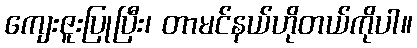
ကျေးဇူးပြုပြီး၊ တာမင်နယ်ဟိုတယ်ကိုပါ။